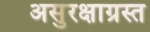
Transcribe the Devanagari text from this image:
असुरक्षाग्रस्त